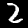
Label: 2